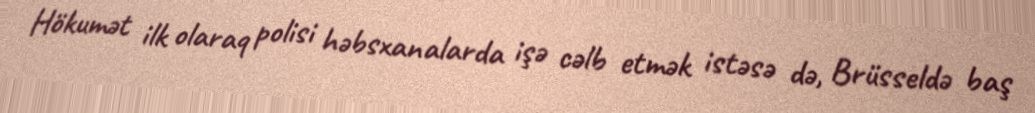
Hökumət ilk olaraq polisi həbsxanalarda işə cəlb etmək istəsə də, Brüsseldə baş